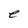
Character: e